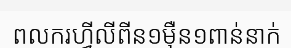
ពលករហ្វីលីពីន១ម៉ឺន១ពាន់នាក់